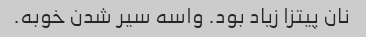
نان پیتزا زیاد بود. واسه سیر شدن خوبه.